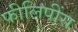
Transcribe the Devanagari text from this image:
फीलिपींस